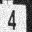
Digit: 4